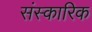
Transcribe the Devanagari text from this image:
संस्कारिक